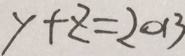
y + z = 2 0 1 3